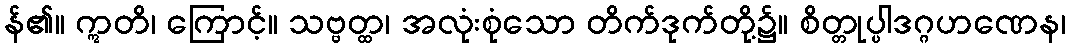
န်၏။ ဣတိ၊ ကြောင့်။ သဗ္ဗတ္ထ၊ အလုံးစုံသော တိက်ဒုက်တို့၌။ စိတ္တုပ္ပါဒဂ္ဂဟဏေန၊